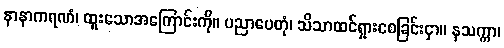
နာနာကရဏံ၊ ထူးသောအကြောင်းကို။ ပညာပေတုံ၊ သိသာထင်ရှားစေခြင်းငှာ။ နသက္ကာ၊